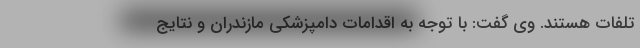
تلفات هستند. وی گفت: با توجه به اقدامات دامپزشکی مازندران و نتایج